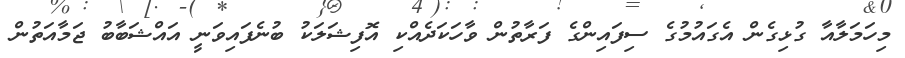
މިހަމަލާއާ ގުޅިގެން އެގައުމުގެ ސިފައިންގެ ފަރާތުން ވާހަކަދެއްކި އޮފިޝަލަކު ބުނެފައިވަނީ އައްޝަބާބު ޖަމާއަތުން